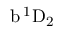
\mathrm { b \, ^ { 1 } D _ { 2 } }